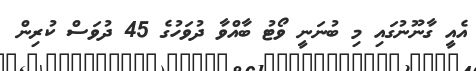
އެއީ ގާނޫނުގައި މި ބުނަނީ ވޯޓު ބާއްވާ ދުވަހުގެ 45 ދުވަސް ކުރިން